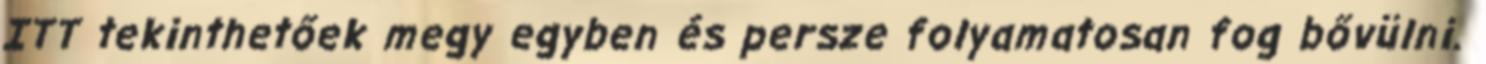
ITT tekinthetőek megy egyben és persze folyamatosan fog bővülni.